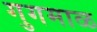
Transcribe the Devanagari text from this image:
गुगमाळ